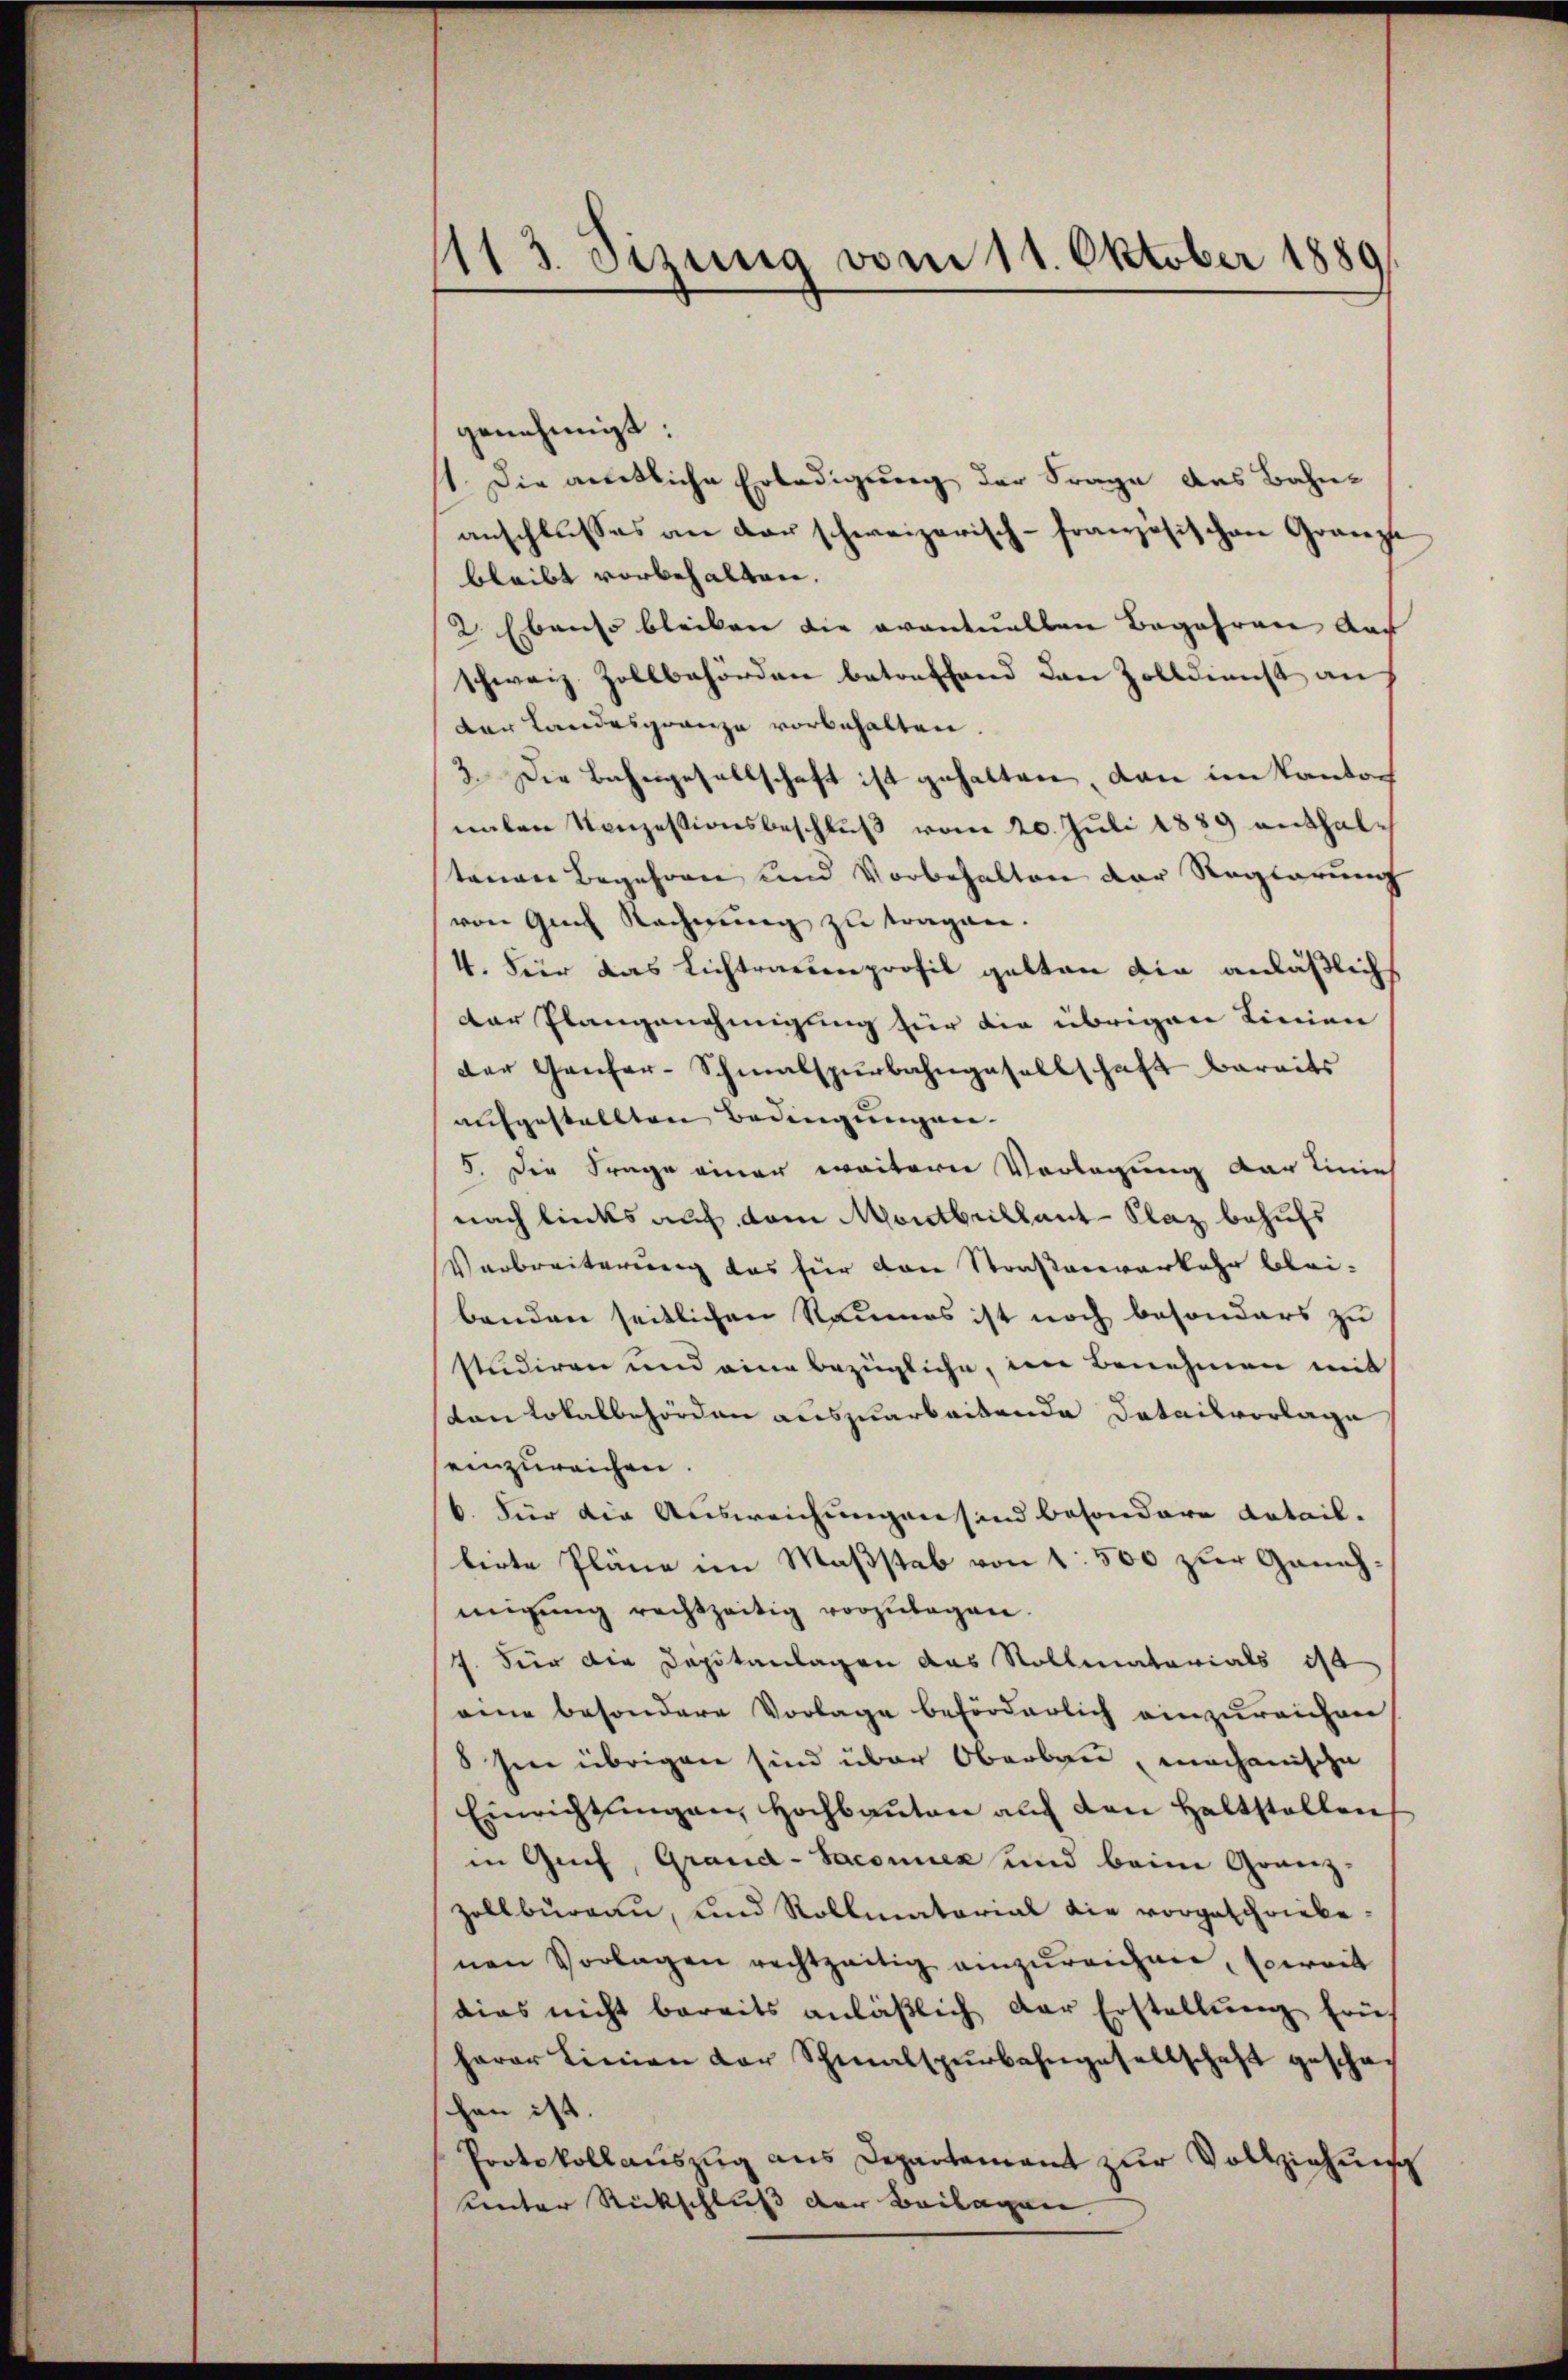
1113. Sizung vom 11. Oktober 1889

genehmigt:
1. Die amtliche Erledigung der Frage des Bahnanschlusses an der schweizerisch-Französischen Gränze
bleibt vorbehalten.
2. Ebenso bleiben die eventuellen Begehren auf |
schweiz. Zollbehörden betreffend den Zolldienst auf
der Landesgränze vorbehalten.
3. Die Bahngesellschaft ist gehalten, dann im Kanton
malen Konzessionsbeschlŭβ vom 20. Juli 1889 enthal-
tenen Begehren und Vorbehalten der Reglerung
von Gut Rechnung zu tragen.
4. Für das Lichtrauenprofil gelten die anläßlich
der Plangenehmigung für die übrigen Linien
der Genfer-Schmalspurbahngesellschaft bereits
aufgestellten Bedingungen.
5. Die Frage einer weitern Vorlegung der Linie
nach links auf dem Montbrillant-Klaz behufs
Verbreiterung das für den Straßenverkehr bleibenden seitlichen Raumes ist noch besonders zu
studiren und eine bezügliche, im Benehmen mit
von Lokalbehörden auszuarbeitende Detailvorlage
einzureichen
6. Für die Ausweichungen sind besondere Latail-
lirte Pläne im Maßstab von 1500 zur Genehmigŭng rechtzeitig vorzŭlegen.
. Für die Dapitanlagen das Rollmatorials ist
eine besondere Vorlage beförderlich einzureichen
8 hin übrigen sind über Oberbau, mechanische
Einrichtŭngen Hochbaŭten aŭf den Haltstellen
in Genf, Grand-Saconuen und beim Granz-
zollbureau, und Rollmatorial die vorgeschriebenen Vorlagen rechtzeitig einzŭreichen, soweit
dies nicht bereits anläßlich der Erstellung früh
herer Linien der Schmalspurbahngesellschaft gescha
han ist.
Protokollauszug aus Departement zur Vollziehung
kinter Rückschluß der Beilagen. |